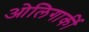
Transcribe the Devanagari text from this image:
ओलिगार्की